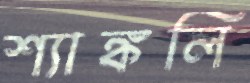
শ্যাঙ্কলি